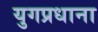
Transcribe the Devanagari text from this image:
युगप्रधाना